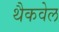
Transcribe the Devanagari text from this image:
थैकवेल